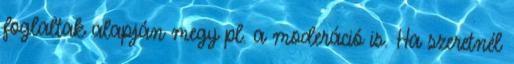
foglaltak alapján megy pl. a moderáció is. Ha szeretnél